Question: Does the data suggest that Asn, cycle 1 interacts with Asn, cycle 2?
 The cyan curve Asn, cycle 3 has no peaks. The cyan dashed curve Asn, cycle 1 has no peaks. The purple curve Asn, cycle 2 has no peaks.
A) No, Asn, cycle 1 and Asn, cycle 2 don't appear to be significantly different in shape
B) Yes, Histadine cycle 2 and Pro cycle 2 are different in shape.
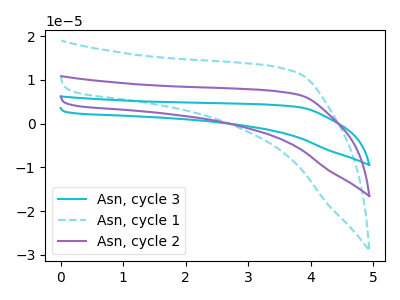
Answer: <think>Neither "Asn, cycle 1" or "Asn, cycle 2" have any peaks.
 </think>
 <answer>A) No, "Asn, cycle 1" and "Asn, cycle 2" don't appear to be significantly different in shape</answer>
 <eval>A</eval>